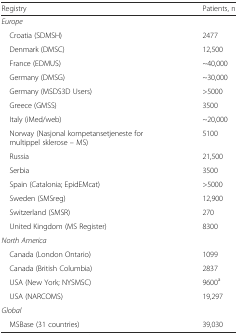
<table><thead><tr><td><b>Registry</b></td><td><b>Patients, n</b></td></tr></thead><tbody><tr><td colspan="2"><i>Europe</i></td></tr><tr><td> Croatia (SDMSH)</td><td>2477</td></tr><tr><td> Denmark (DMSC)</td><td>12,500</td></tr><tr><td> France (EDMUS)</td><td>~40,000</td></tr><tr><td> Germany (DMSG)</td><td>~30,000</td></tr><tr><td> Germany (MSDS3D Users)</td><td>&gt;5000</td></tr><tr><td> Greece (GMSS)</td><td>3500</td></tr><tr><td> Italy (iMed/web)</td><td>~20,000</td></tr><tr><td> Norway (Nasjonal kompetansetjeneste for multippel sklerose – MS)</td><td>5100</td></tr><tr><td> Russia</td><td>21,500</td></tr><tr><td> Serbia</td><td>3500</td></tr><tr><td> Spain (Catalonia; EpidEMcat)</td><td>&gt;5000</td></tr><tr><td> Sweden (SMSreg)</td><td>12,900</td></tr><tr><td> Switzerland (SMSR)</td><td>270</td></tr><tr><td> United Kingdom (MS Register)</td><td>8300</td></tr><tr><td colspan="2"><i>North America</i></td></tr><tr><td> Canada (London Ontario)</td><td>1099</td></tr><tr><td> Canada (British Columbia)</td><td>2837</td></tr><tr><td> USA (New York; NYSMSC)</td><td>9600<sup>a</sup></td></tr><tr><td> USA (NARCOMS)</td><td>19,297</td></tr><tr><td colspan="2"><i>Global</i></td></tr><tr><td> MSBase (31 countries)</td><td>39,030</td></tr></tbody></table>